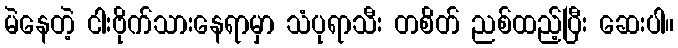
မဲနေတဲ့ ငါးဗိုက်သားနေရာမှာ သံပုရာသီး တစိတ် ညစ်ထည့်ပြီး ဆေးပါ။